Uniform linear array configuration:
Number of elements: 8
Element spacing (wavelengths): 0.5
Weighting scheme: binomial
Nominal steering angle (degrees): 30
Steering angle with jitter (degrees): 31.777
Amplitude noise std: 0.05
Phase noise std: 0.05

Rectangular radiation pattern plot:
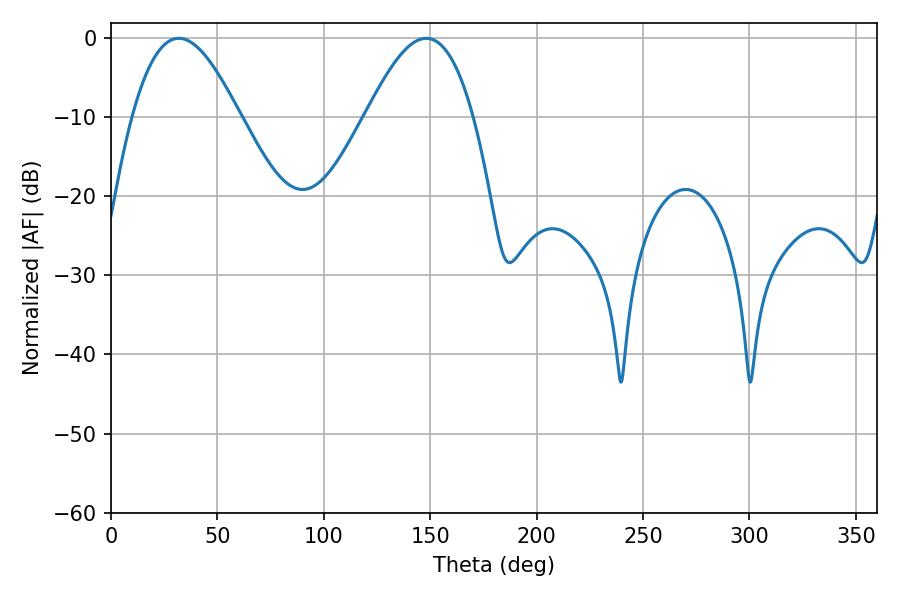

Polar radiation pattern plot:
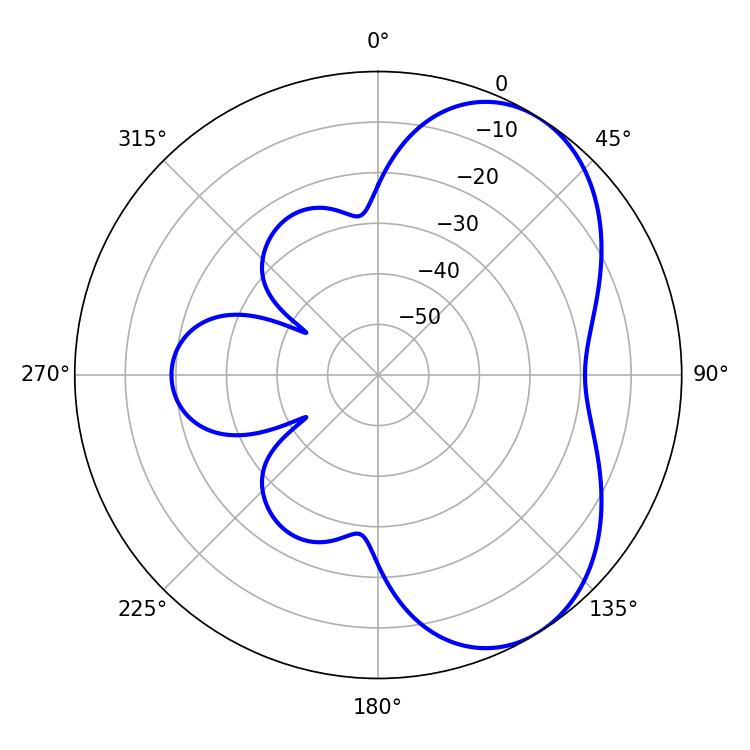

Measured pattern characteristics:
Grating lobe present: FALSE
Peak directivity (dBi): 5.433
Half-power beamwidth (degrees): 27.36
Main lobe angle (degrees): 31.86